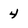
Character: 4